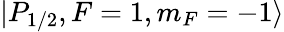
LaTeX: |P_{1/2},F=1,m_{F}=-1\rangle